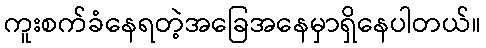
ကူးစက်ခံနေရတဲ့အခြေအနေမှာရှိနေပါတယ်။